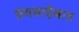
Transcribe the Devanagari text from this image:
ग्रंथसाहेबात